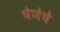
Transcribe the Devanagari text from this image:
घेणेचे